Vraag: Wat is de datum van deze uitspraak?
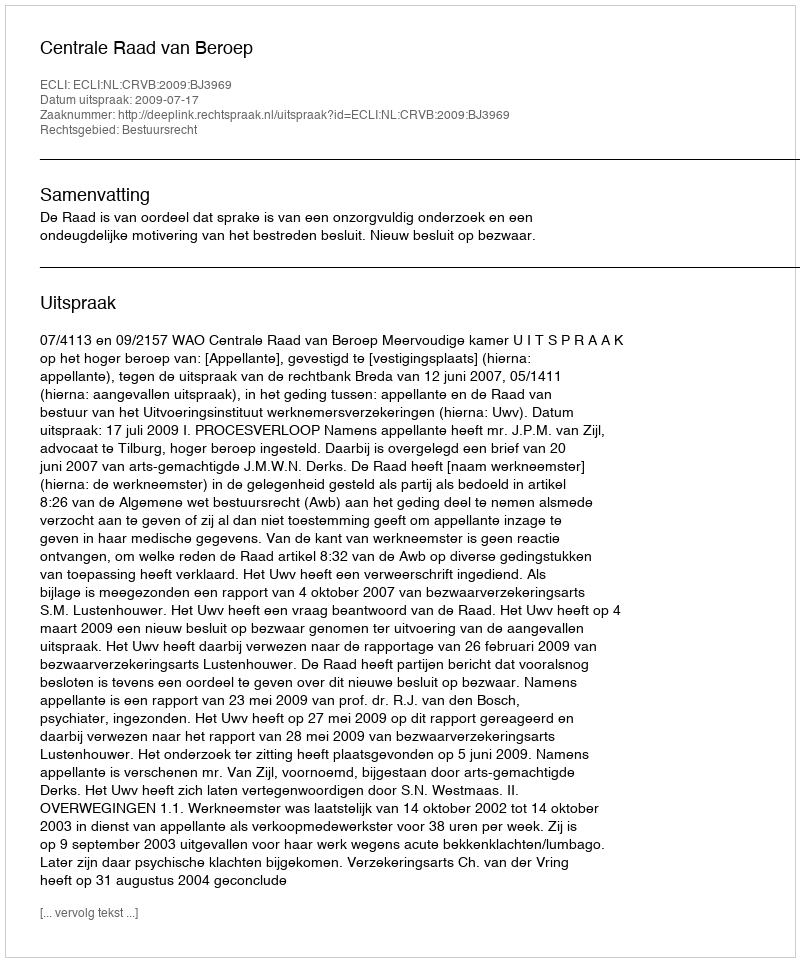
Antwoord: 2009-07-17